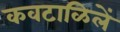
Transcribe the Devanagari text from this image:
कवटाळिलें